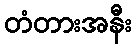
တံတားအနီး